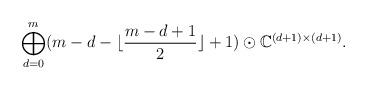
LaTeX: \begin{align*}\bigoplus^{m}_{d=0}(m-d-\lfloor\frac{m-d+1}{2}\rfloor+1)\odot\mathbb{C}^{(d+1)\times (d+1)}.\end{align*}